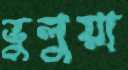
ভুলুয়া